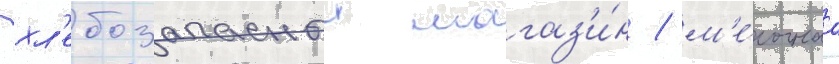
хл'ебозапасныи магаз'и́н / м'е́лочнаа